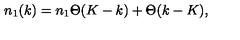
n _ { 1 } ( k ) = n _ { 1 } \Theta ( K - k ) + \Theta ( k - K ) ,